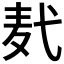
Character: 𪎈